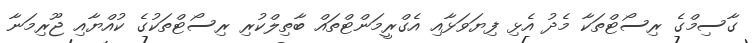
ގާސިމްގެ ރިސޯޓްތަކާ މެދު އެޅި ފިޔަވަޅާއި އެގްރީމަންޓްތައް ބާތިލްކުރި ރިސޯޓްތަކުގެ ކުއްޔާއި ޖޫރިމަނާ